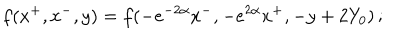
LaTeX: f ( x ^ { + } , x ^ { - } , y ) = f ( - e ^ { - 2 \alpha } x ^ { - } , - e ^ { 2 \alpha } x ^ { + } , - y + 2 Y _ { 0 } ) \, ;